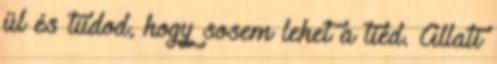
ül és tudod, hogy sosem lehet a tiéd. Állati